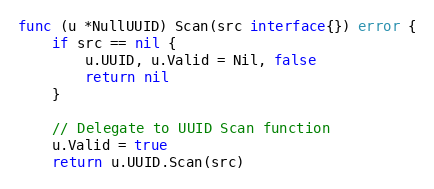
Language: Go
func (u *NullUUID) Scan(src interface{}) error {
	if src == nil {
		u.UUID, u.Valid = Nil, false
		return nil
	}

	// Delegate to UUID Scan function
	u.Valid = true
	return u.UUID.Scan(src)